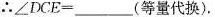
∴$$∠ D C E = ______$$(等量代换)，